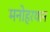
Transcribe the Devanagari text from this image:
मनोहरथान